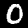
Label: 0